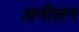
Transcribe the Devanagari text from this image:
अनीलन